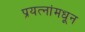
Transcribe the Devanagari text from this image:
प्रयत्‍नांमधून